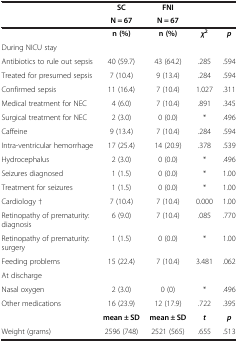
<table><thead><tr><td rowspan="2"><b> </b></td><td><b>SC</b></td><td><b>FNI</b></td><td rowspan="2"><b> </b></td><td rowspan="2"><b> </b></td></tr><tr><td><b>N = 67</b></td><td><b>N = 67</b></td></tr></thead><tbody><tr><td> </td><td><b>n (%)</b></td><td><b>n (%)</b></td><td><b><i>χ</i></b><sup><b>2</b></sup></td><td><b><i>p</i></b></td></tr><tr><td>During NICU stay</td><td> </td><td> </td><td> </td><td> </td></tr><tr><td>Antibiotics to rule out sepsis</td><td>40 (59.7)</td><td>43 (64.2)</td><td>.285</td><td>.594</td></tr><tr><td>Treated for presumed sepsis</td><td>7 (10.4)</td><td>9 (13.4)</td><td>.284</td><td>.594</td></tr><tr><td>Confirmed sepsis</td><td>11 (16.4)</td><td>7 (10.4)</td><td>1.027</td><td>.311</td></tr><tr><td>Medical treatment for NEC</td><td>4 (6.0)</td><td>7 (10.4)</td><td>.891</td><td>.345</td></tr><tr><td>Surgical treatment for NEC</td><td>2 (3.0)</td><td>0 (0.0)</td><td>*</td><td>.496</td></tr><tr><td>Caffeine</td><td>9 (13.4)</td><td>7 (10.4)</td><td>.284</td><td>.594</td></tr><tr><td>Intra-ventricular hemorrhage</td><td>17 (25.4)</td><td>14 (20.9)</td><td>.378</td><td>.539</td></tr><tr><td>Hydrocephalus</td><td>2 (3.0)</td><td>0 (0.0)</td><td>*</td><td>.496</td></tr><tr><td>Seizures diagnosed</td><td>1 (1.5)</td><td>0 (0.0)</td><td>*</td><td>1.00</td></tr><tr><td>Treatment for seizures</td><td>1 (1.5)</td><td>0 (0.0)</td><td>*</td><td>1.00</td></tr><tr><td>Cardiology †</td><td>7 (10.4)</td><td>7 (10.4)</td><td>0.000</td><td>1.00</td></tr><tr><td>Retinopathy of prematurity: diagnosis</td><td>6 (9.0)</td><td>7 (10.4)</td><td>.085</td><td>.770</td></tr><tr><td>Retinopathy of prematurity: surgery</td><td>1 (1.5)</td><td>0 (0.0)</td><td>*</td><td>1.00</td></tr><tr><td>Feeding problems</td><td>15 (22.4)</td><td>7 (10.4)</td><td>3.481</td><td>.062</td></tr><tr><td>At discharge</td><td> </td><td> </td><td> </td><td> </td></tr><tr><td>Nasal oxygen</td><td>2 (3.0)</td><td>0 (0)</td><td>*</td><td>.496</td></tr><tr><td>Other medications</td><td>16 (23.9)</td><td>12 (17.9)</td><td>.722</td><td>.395</td></tr><tr><td> </td><td><b>mean ± SD</b></td><td><b>mean ± SD</b></td><td><b><i>t</i></b></td><td><b><i>p</i></b></td></tr><tr><td>Weight (grams)</td><td>2596 (748)</td><td>2521 (565)</td><td>.655</td><td>.513</td></tr></tbody></table>